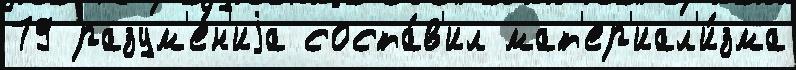
79 разум'е́н'иjа соста́в'ил мат'ер'иал'и́зма